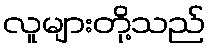
လူများတို့သည်